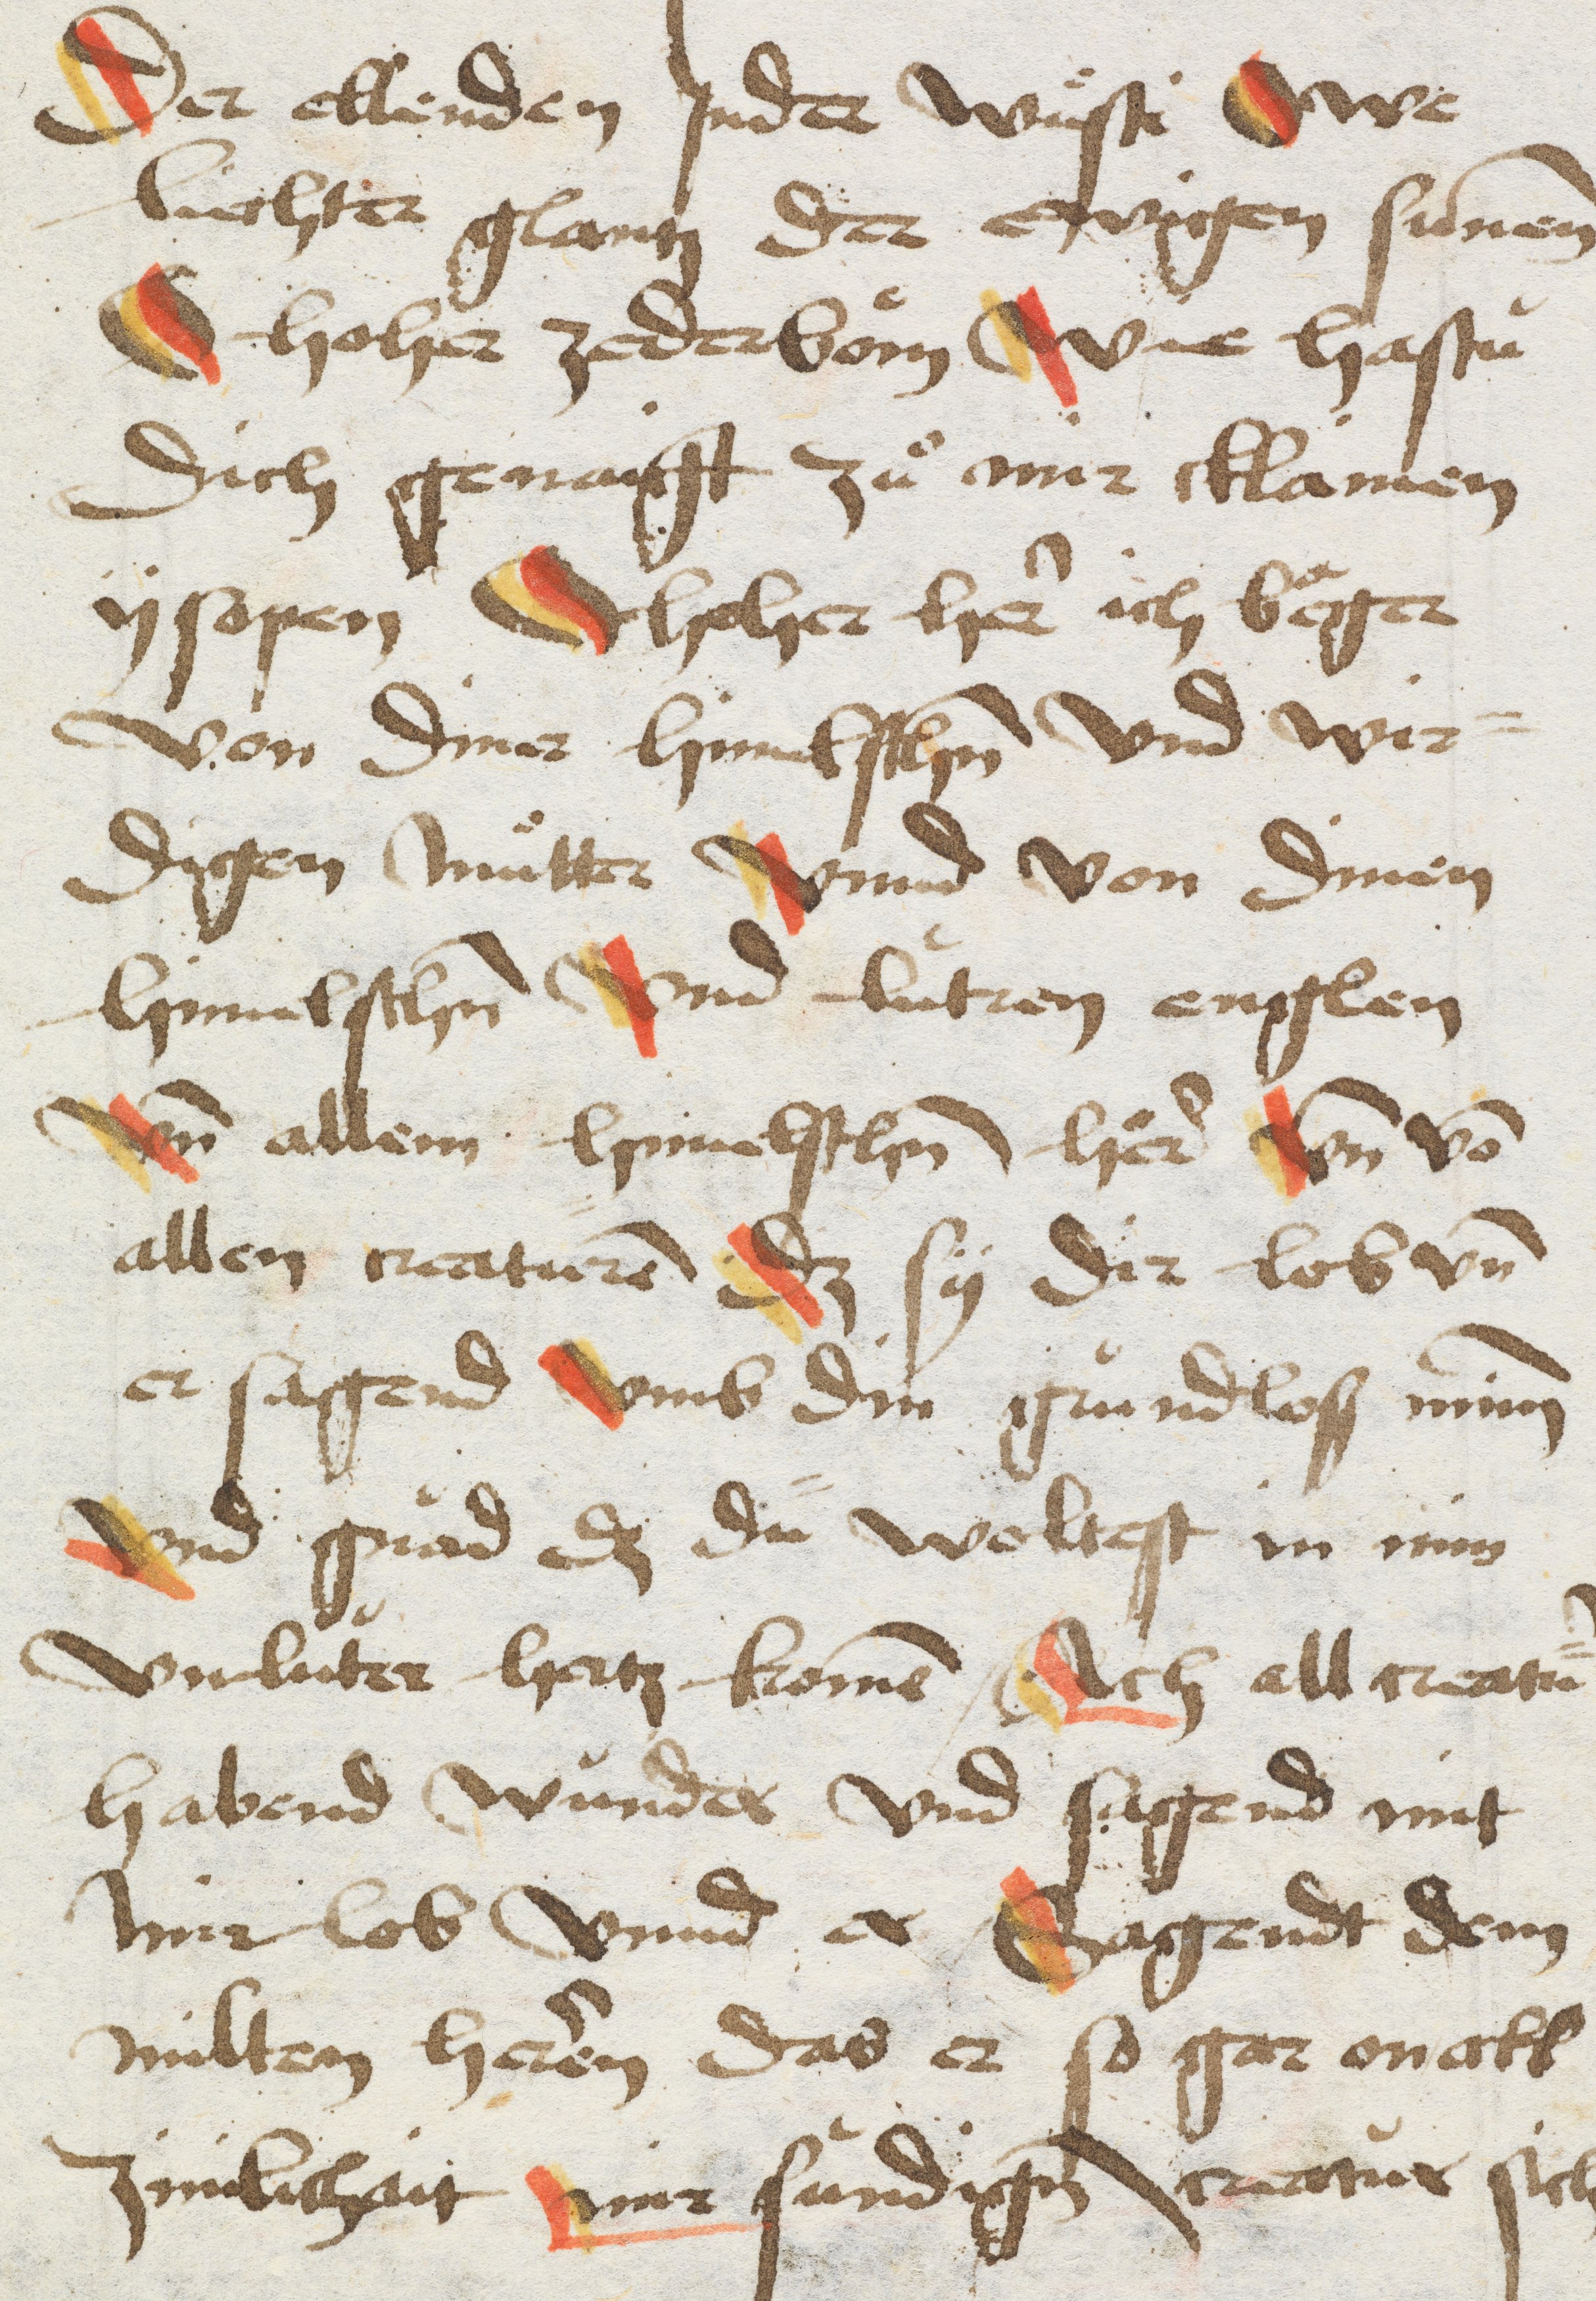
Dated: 1491–1505